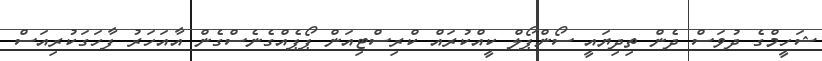
ޝަހީމްގެ ދުވަސް ދެން ތިދިޔައީ ސޯންޕޯލް ކީއްކުރައް ކްރިސްޓިއަން ޕޯޕެއްގެނެސްގެން އާއަހަރު ފާހަގަކުރިއަސް